Scientific memoirs by medical officers of the Army of India - Part III,
Year: 1887
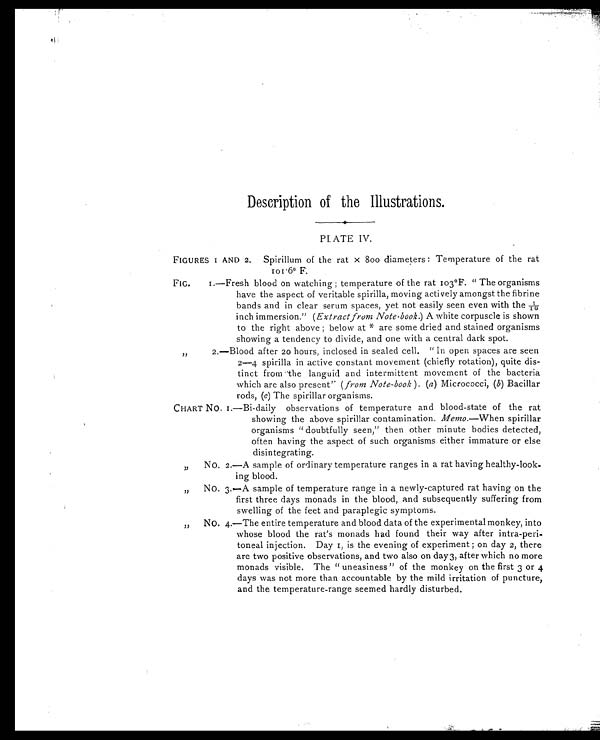
Description of the Illustrations.
PLATE IV.
FIGURES 1 AND 2. Spirillum of the rat x 800 diameters : Temperature of the rat
101.6° F.
FIG. 1.—Fresh blood on watching ; temperature of the rat 103°F. " The organisms
have the aspect of veritable spirilla, moving actively amongst the fibrine
bands and in clear serum spaces, yet not easily seen even with the 1/10
inch immersion." ( Extract from Note-book. ) A white corpuscle is shown
to the right above ; below at * are some dried and stained organisms
showing a tendency to divide, and one with a central dark spot.
2.—Blood after 20 hours, inclosed in sealed cell. " In open spaces are seen
2—4 spirilla in active constant movement (chiefly rotation), quite dis-
tinct from the languid and intermittent movement of the bacteria
which are also present ( from Note-book ) (a ) Micrococci, ( b) Bacillar
rods, (c) The spirillar organisms.
C H A R T N O . 1 . — B i - d a i l y o b s e r v a t i o n s o f t e m p e r a t u r e a n d b l o o d - s t a t e o f t h e r a t
showing the above spirillar contamination. Memo.— W h e n s p i r i l l a r
organisms " doubtfully seen," then other minute bodies detected,
often having the aspect of such organisms either immature or else
disintegrating.
" NO. 2.—A sample of ordinary temperature ranges in a rat having healthy-look-
ing blood.
" N O . 3 . — A s a m p l e o f t e m p e r a t u r e r a n g e i n a n e w l y - c a p t u r e d r a t h a v i n g o n t h e
first three days monads in the blood, and subsequently suffering from
swelling of the feet and paraplegic symptoms.
" N O . 4 . — T h e e n t i r e t e m p e r a t u r e a n d b l o o d d a t a o f t h e e x p e r i m e n t a l m o n k e y , i n t o
whose blood the rat's monads had found their way after intra-peri-
toneal injection. Day 1, is the evening of experiment ; on day 2, there
are two positive observations, and two also on day 3, after which no more
monads visible. The " uneasiness " of the monkey on the first 3 or 4
days was not more than accountable by the mild irritation of puncture,
and the temperature-range seemed hardly disturbed.